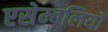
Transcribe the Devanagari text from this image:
एसेम्बलियों